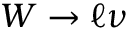
W \rightarrow \ell \nu